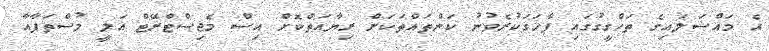
އެ މައްސަލައިގެ ތަހްގީގުގައި ފާހަގަކުރެވުނު ކަންތައްތަކަށް ރިޔާއަތްކޮށް އިސް މެޖިސްޓްރޭޓް އަލީ މުސްތަފާއާ